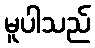
မူပါသည်